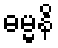
ဓမ္မနိ